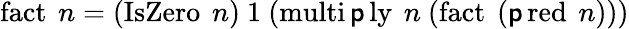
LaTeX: \operatorname{fact}\ n=(\operatorname{IsZero}\ n)\ 1\ (\operatorname{multi\mathsf{p}ly}\ n\ (\operatorname{fact}\ (\operatorname{\mathsf{p}red}\ n)))